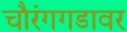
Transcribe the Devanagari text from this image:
चौरंगगडावर